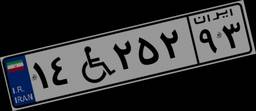
۹۵W۸۳۱۸۹